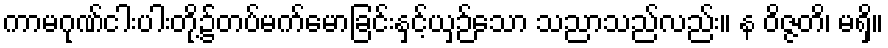
ကာမဂုဏ်ငါးပါးတို့၌တပ်မက်မောခြင်းနှင့်ယှဉ်သော သညာသည်လည်း။ န ဝိဇ္ဇတိ၊ မရှိ။